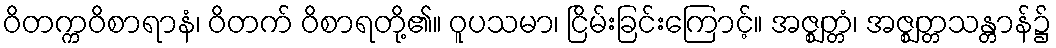
ဝိတက္ကဝိစာရာနံ၊ ဝိတက် ဝိစာရတို့၏။ ဝူပသမာ၊ ငြိမ်းခြင်းကြောင့်။ အဇ္ဈတ္တံ၊ အဇ္ဈတ္တသန္တာန်၌